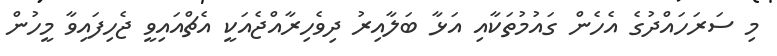
މި ސަރަހައްދުގެ އެހެން ގައުމުތަކާއި އަޅާ ބަލާއިރު ދިވެހިރާއްޖެއަކީ އެޗްއައިވީ ޖެހިފައިވާ މީހުން